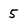
Character: 5